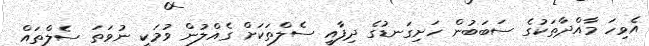
އެވިހަ މާއްދާތަކުގެ ސަބަބުން ހަށިގަނޑުގެ ދިފާއީ ސެލްތަކަށް ގެއްލުން ވުމަކީ ނުވަތަ ސެލްތައް